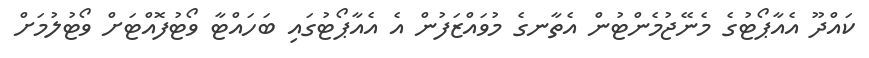
ކައްދޫ އެއާޕޯޓުގެ މެނޭޖުމެންޓުން އެތާނގެ މުވައްޒަފުން އެ އެއާޕޯޓުގައި ބަަހައްޓާ ވޯޓުފޮއްޓަށް ވޯޓުލުމަށް